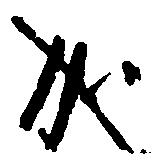
成